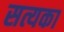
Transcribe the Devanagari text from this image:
सत्यका